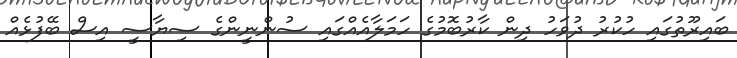
ބައިރޫތުގައި ހުކުރު ދުވަހު ދިން ކާރުބޮމުގެ ހަމަލާއެއްގައި ސުންނީންގެ ސިޔާސީ އިސް ބޭފުޅެއް